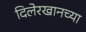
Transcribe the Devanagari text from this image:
दिलेरखानच्या